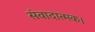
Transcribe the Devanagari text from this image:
संवादात्मक।